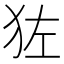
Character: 𬌬